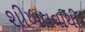
શીખવવાથી